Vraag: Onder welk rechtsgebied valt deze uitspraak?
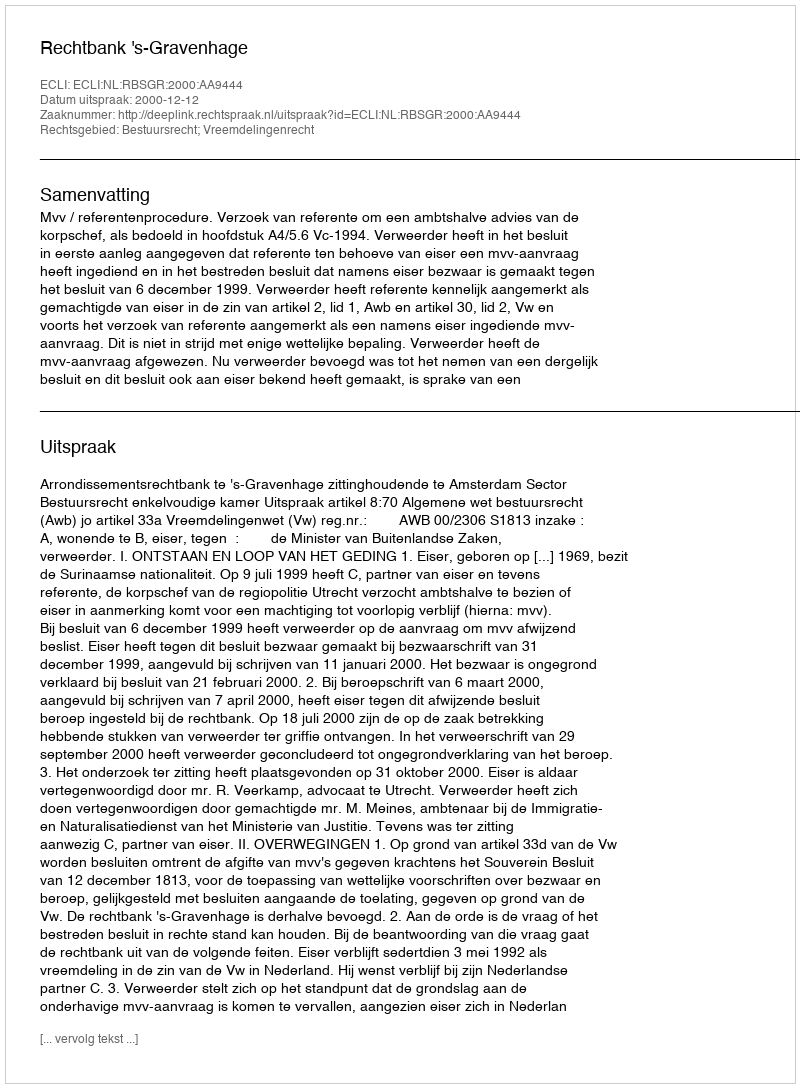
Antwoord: Bestuursrecht; Vreemdelingenrecht